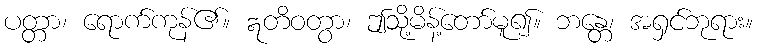
ပတ္တာ၊ ရောက်ကုန်၏။ ဣတိဝတွာ၊ ဤသို့မိန့်တော်မူ၍။ ဘန္တေ၊ အရှင်ဘုရား။